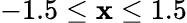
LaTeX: -1.5\leq\mathbf{x}\leq1.5